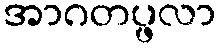
အာဂတပ္ဖလာ